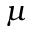
\mu